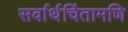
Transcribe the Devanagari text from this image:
सर्वार्थचिंतामणि